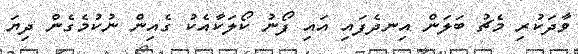
ވާދަކުރި މެޗު ބަލަން އިނދެފައި އައި ފޯނު ކޯލަކާއެކު ގެއިން ނުކުމެގެން ދިޔަ